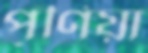
পূর্ণিয়া